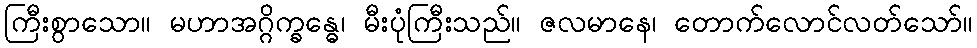
ကြီးစွာသော။ မဟာအဂ္ဂိက္ခန္ဓေ၊ မီးပုံကြီးသည်။ ဇလမာနေ၊ တောက်လောင်လတ်သော်။